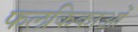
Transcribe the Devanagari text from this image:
फलकिकाओं